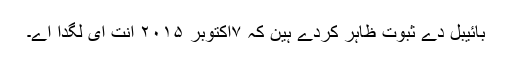
بائیبل دے ثبوت ظاہر کردے ہین کہ ۷اکتوبر ۲۰۱۵ انت ای لگدا اے۔